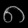
Digit: ၈